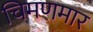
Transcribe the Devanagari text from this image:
चिमणमार